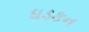
ધડકન